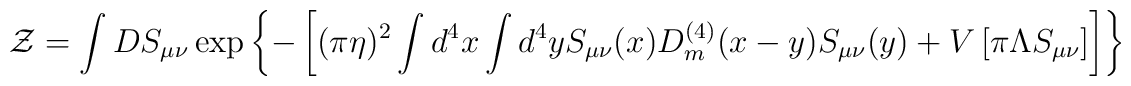
{\cal Z}=\int DS_{\mu\nu}\exp\left\{-\left[(\pi\eta)^2\int d^4x\int d^4y S_{\mu\nu}(x)D_m^{(4)}(x-y)S_{\mu\nu}(y)+V\left[\pi\Lambda S_{\mu\nu}\right]\right]\right\}